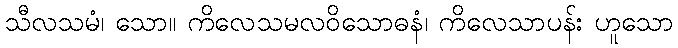
သီလသမံ၊ သော။ ကိလေသမလဝိသောဓနံ၊ ကိလေသာပန်း ဟူသော